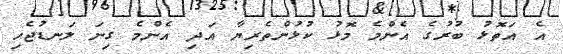
އެ އަތޮޅު ބުރުގެ އެންމެ މޮޅު ކުޅުންތެރިޔާ އަދި އެންމެ ގިނަ ލަނޑުޖެހި